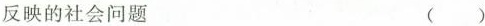
反映的社会问题 ()